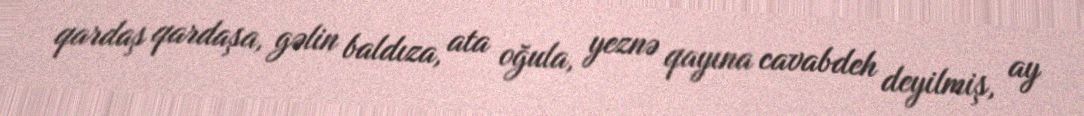
qardaş qardaşa, gəlin baldıza, ata oğula, yeznə qayına cavabdeh deyilmiş, ay